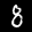
Label: 8